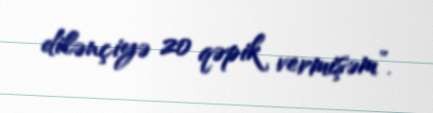
dilənçiyə 20 qəpik vermişəm”.